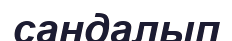
сандалып